Note on the mental hospitals in Burma - 1925-1940
Year: 1925
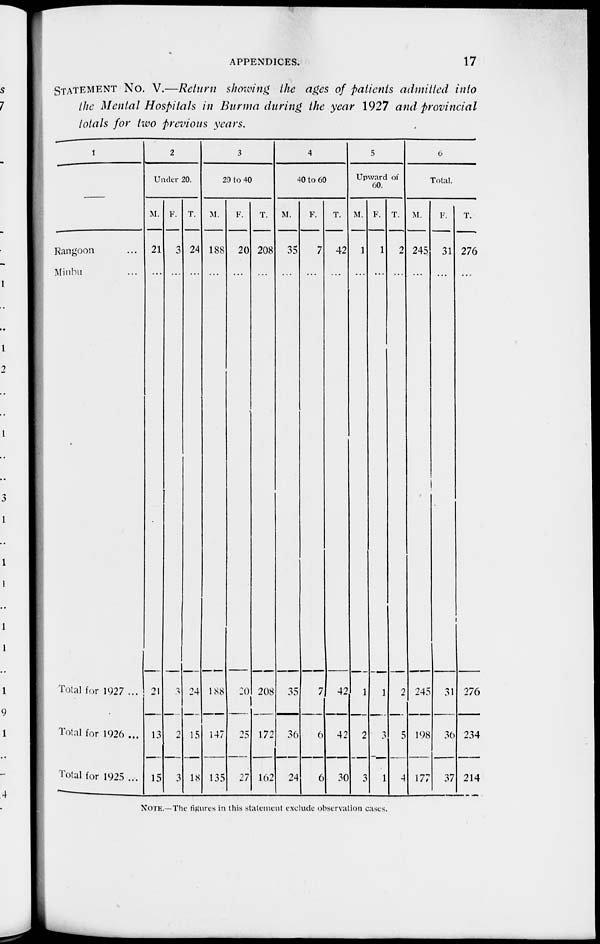
APPENDICES.
17
STATEMENT NO. V.—Return showing the ages of patients admitted into
the Mental Hospitals in Burma during the year 1927 and provincial
totals for two previous years.
1
Rangoon ...
Minbu ...
Total for 1927 ...
Total for 1926 ...
Total for 1925 ...
2
Under 20.
M.
21
...
21
13
15
F.
3
...
3
2
3
T.
24
...
24
15
18
3
20 to 40
M.
188
...
188
147
135
F.
20
...
20
25
27
T.
208
...
208
172
162
4
40 to 60
M.
35
...
35
36
24
F.
7
...
7
6
6
T.
42
...
42
42
30
5
Upward of
60.
M.
1
...
1
2
3
F.
1
...
1
3
1
T.
2
...
2
5
4
6
Total.
M.
245
...
245
198
177
F.
31
...
31
36
37
T.
276
...
276
234
214
NOTE. —The figures in this statement exclude observation cases.